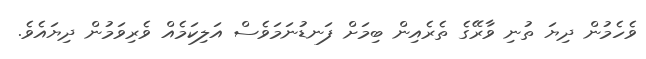
ވެހެމުން ދިޔަ ތުނި ވާރޭގެ ތެރެއިން ބިމަށް ފަނޑުނަމަވެސް އަލިކަމެއް ވެރިވަމުން ދިޔައެވެ.